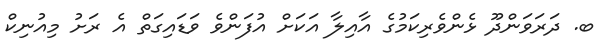
ބ. ދަރަވަންދޫ ޅެންވެރިކަމުގެ އާއިލާ އަކަށް އުފަންވެ ވަޑައިގަތް އެ ރަށު މިއުނިކް